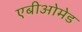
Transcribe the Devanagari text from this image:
एबीओमेड